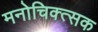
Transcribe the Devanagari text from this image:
मनोचिक्त्सक